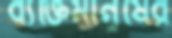
ব্যক্তিমানুষের